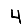
Digit: 4